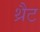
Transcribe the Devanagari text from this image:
थ्रैट